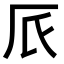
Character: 𠨸